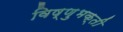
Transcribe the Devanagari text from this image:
विष्णुभक्ती